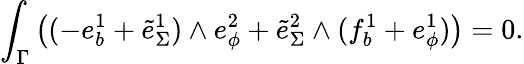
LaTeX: \int_{\Gamma}\big((-e_{b}^{1}+\tilde{e}_{\Sigma}^{1})\wedge e_{\phi}^{2}+\tilde{e}_{\Sigma}^{2}\wedge(f_{b}^{1}+e_{\phi}^{1})\big)=0.